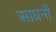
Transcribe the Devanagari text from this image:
साघनों